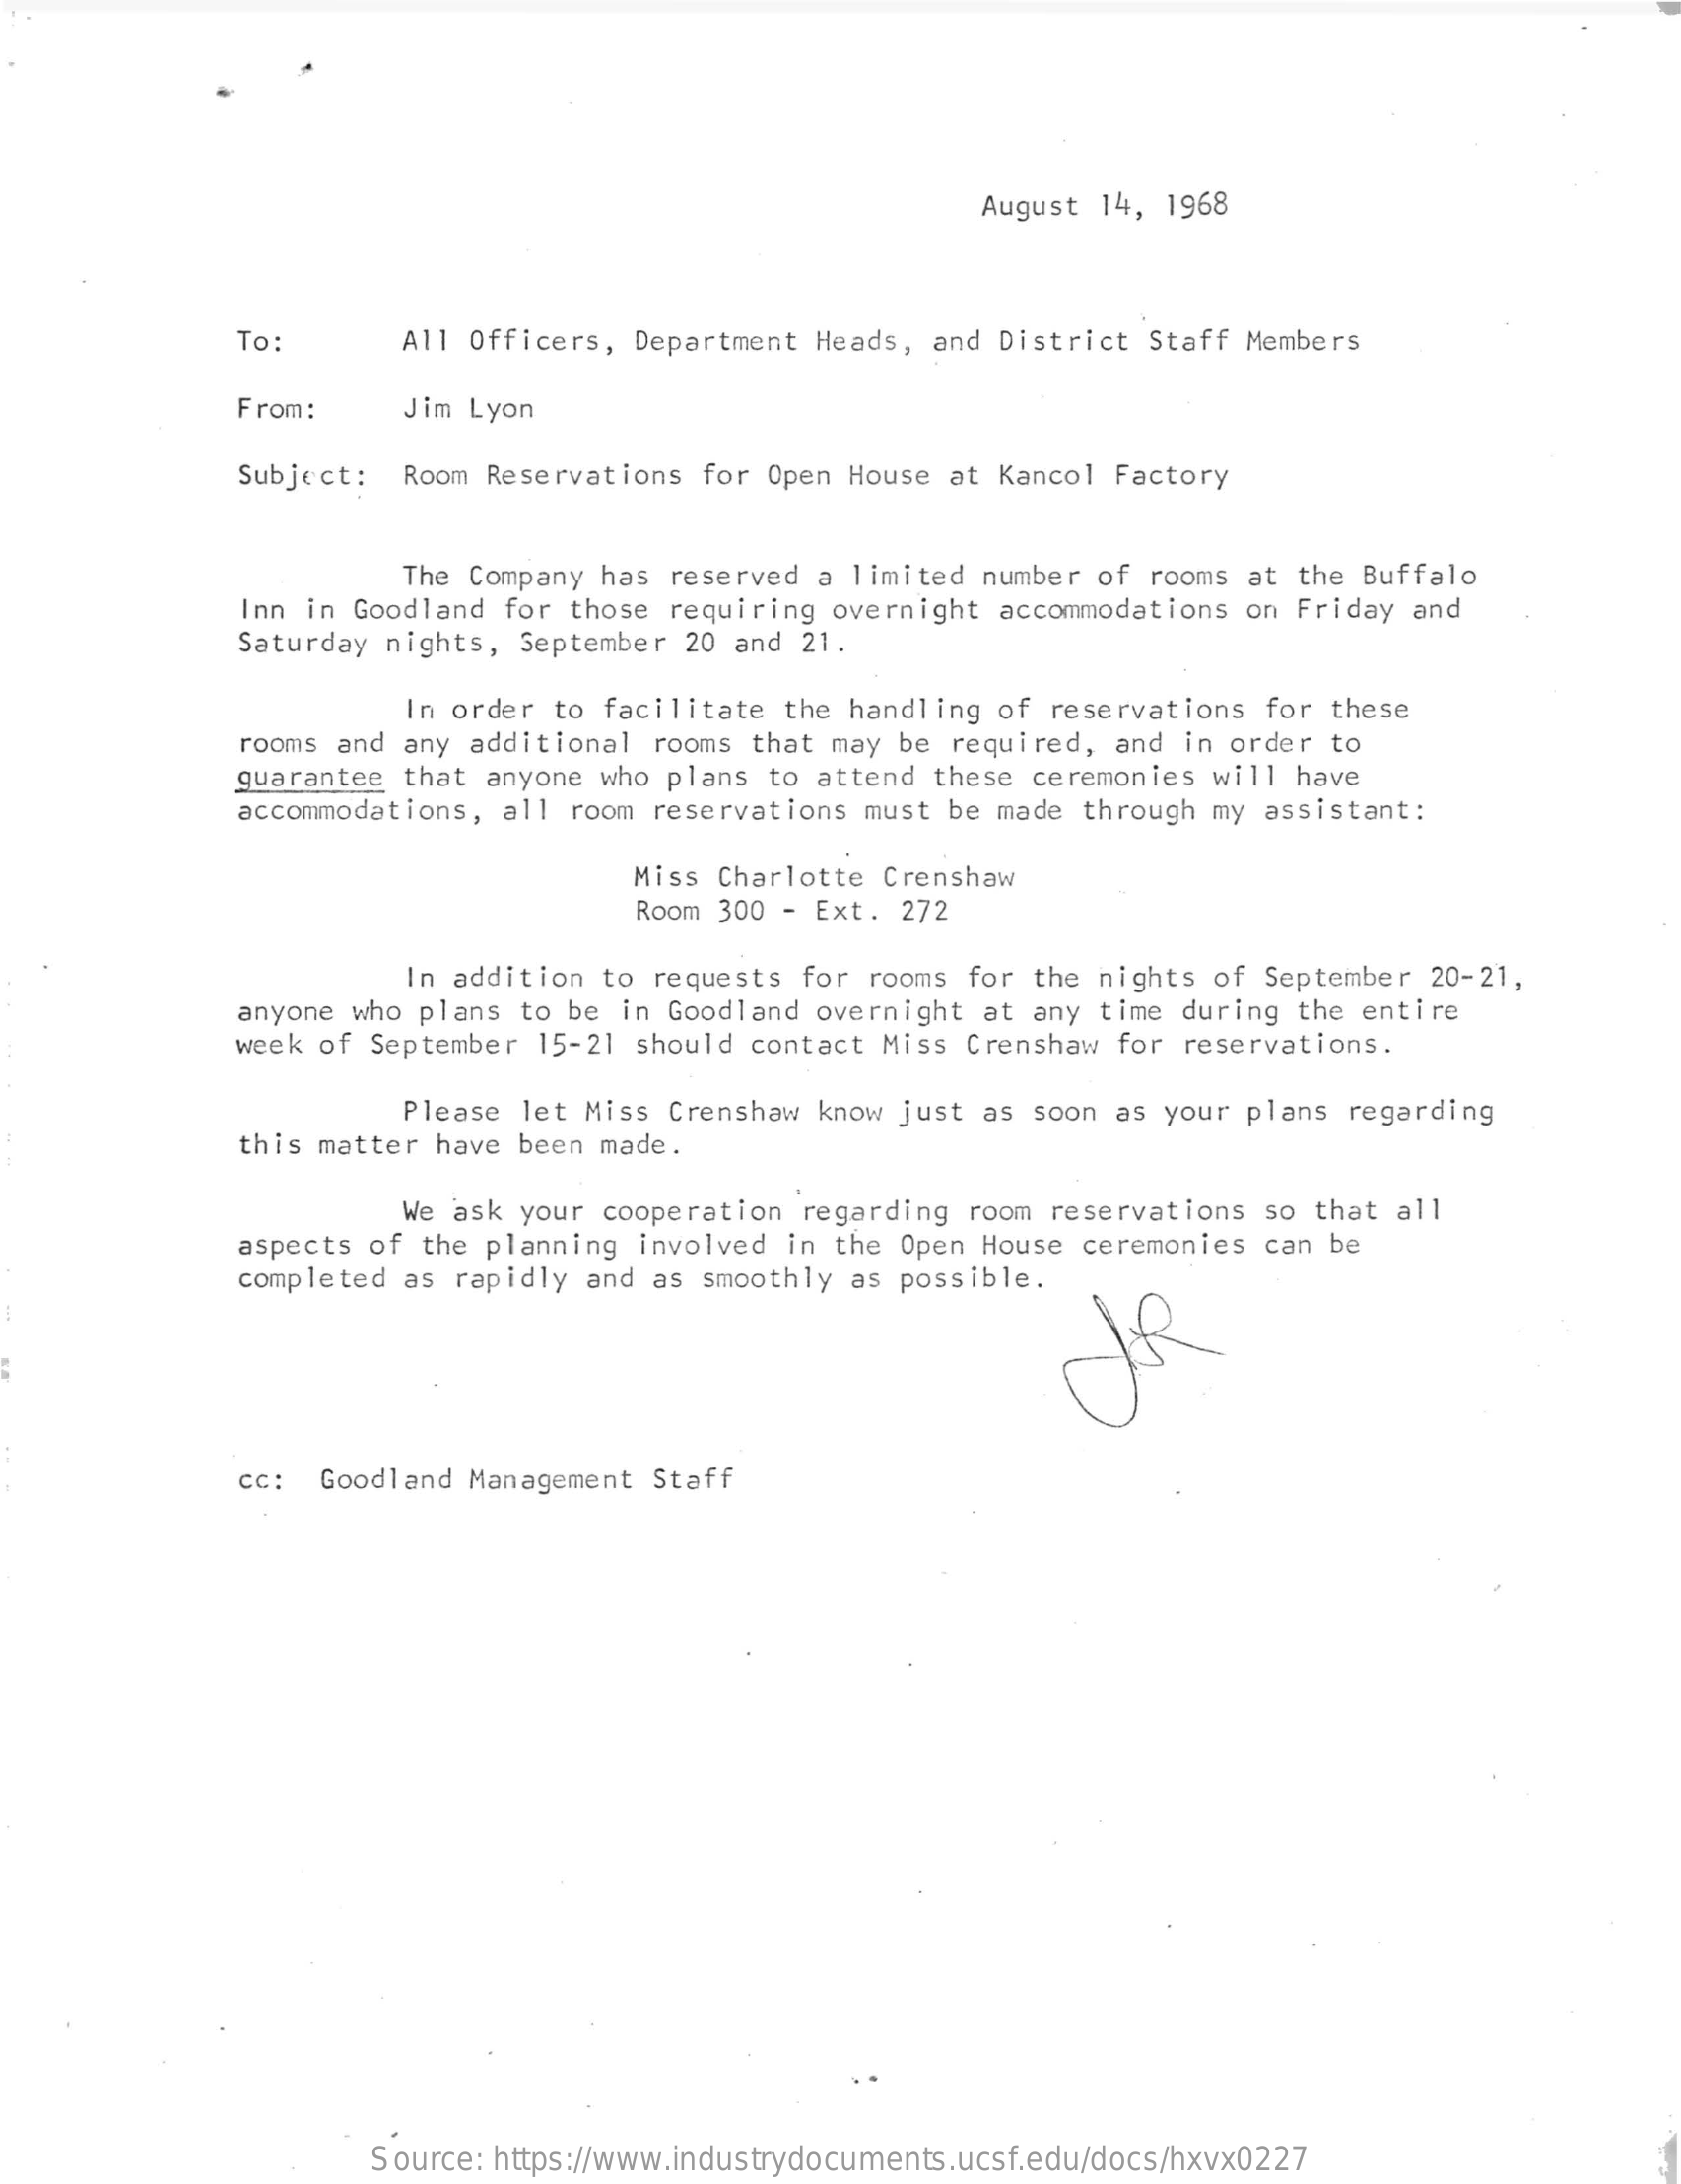
August 14, 1968
     To:    All Officers, Department Heads, and District Staff Members
     From:   Jim Lyon
     Subject: Room Reservations for Open House at Kancol Factory
     The Company has reserved a limited number of rooms at the Buffalo
     Inn in Goodland for those requiring overnight accommodations on Friday and
     Saturday nights, September 20 and 21.
     In order to facilitate the handling of reservations for these
     rooms and any additional rooms that may be required, and in order to
     guarantee that anyone who plans to attend these ceremonies will have
     accommodations, all room reservations must be made through my assistant:
     Miss Charlotte Crenshaw
     Room 300 - Ext. 272
     In addition to requests for rooms for the nights of September 20-21,
     anyone who plans to be in Goodland overnight at any time during the entire
     week of September 15-21 should contact Miss Crenshaw for reservations.
     Please let Miss Crenshaw know just as soon as your plans regarding
     this matter have been made.
     We ask your cooperation regarding room reservations so that all
     aspects of the planning involved in the Open House ceremonies can be
     completed as rapidly and as smoothly as possible.
     cc: Goodland Management Staff
     Source: https://www.industrydocuments.ucsf.edu/docs/hxvx0227